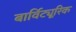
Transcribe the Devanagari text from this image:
बार्विट्यूरिक